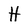
Character: H